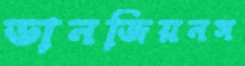
ডানজিয়নস